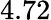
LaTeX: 4.72